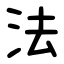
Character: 法